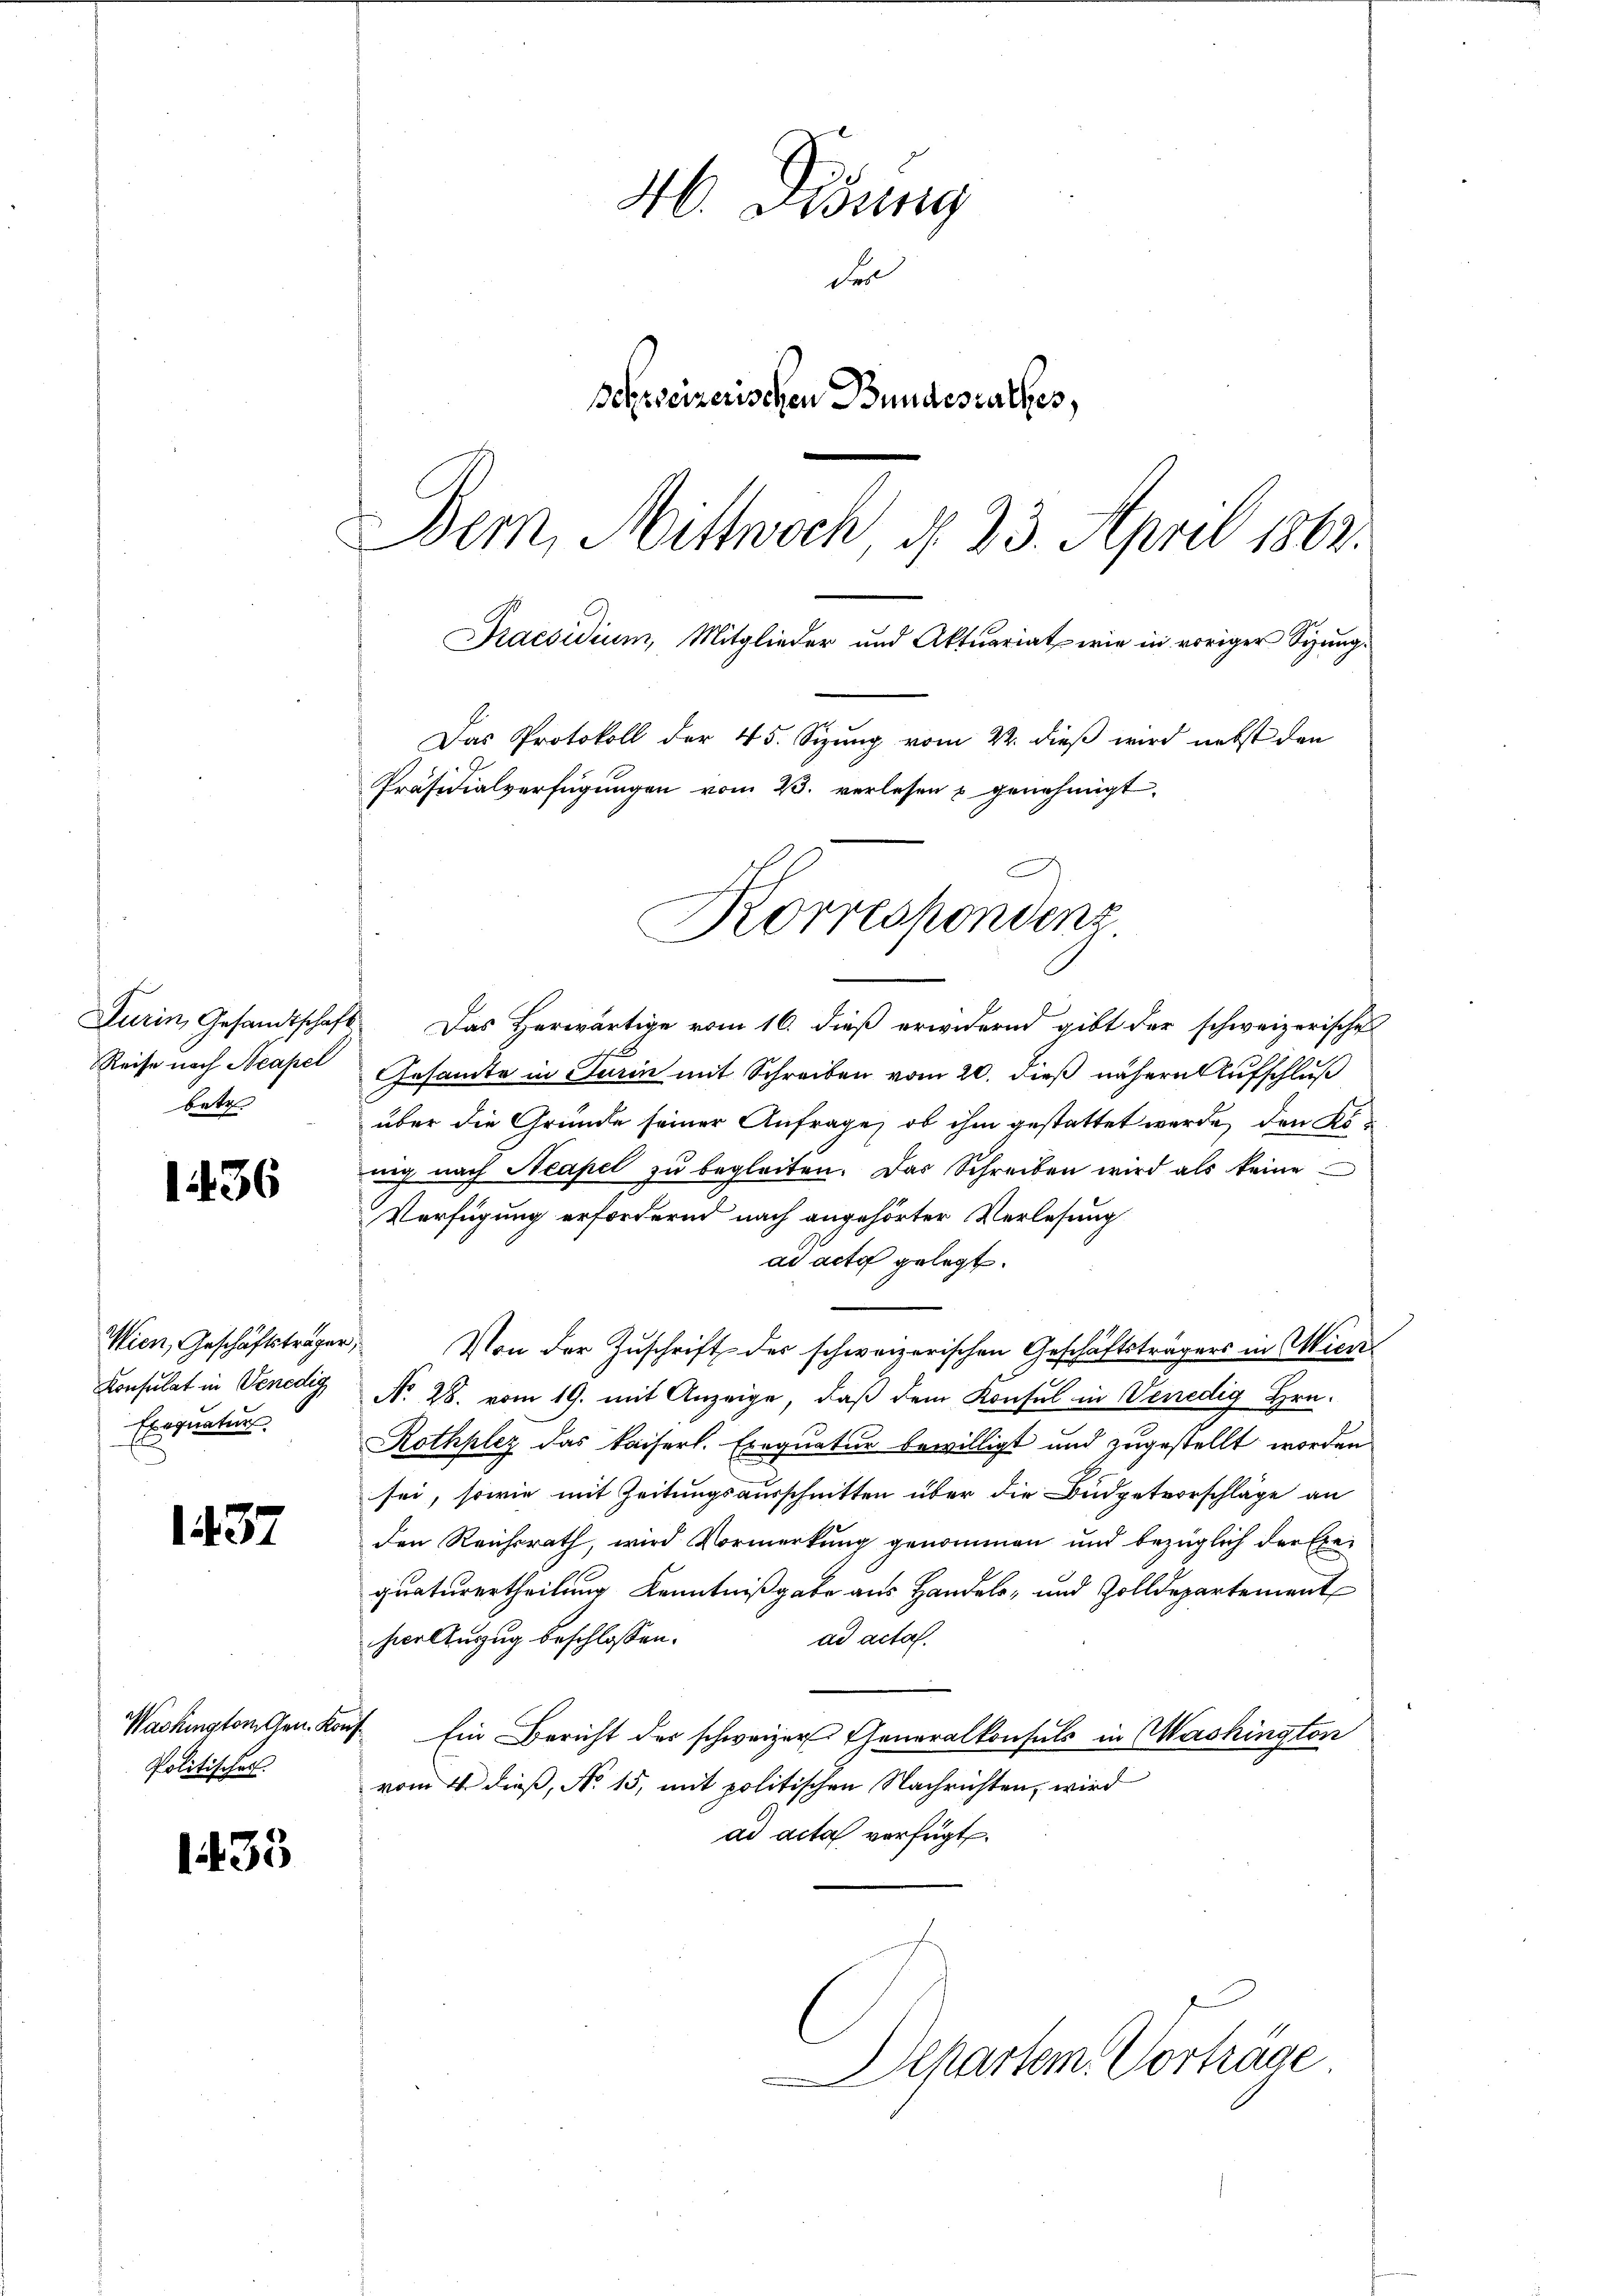
Durin, Gesandtschaft
Reise nach Neapel
betr.

1436

Wien, Geschäftsträger,
Konsulat in Venedig
Exequatur.

1437

Wackingtonten. Kon¬
Politischer

1433

H. Disseng
der
Behweizerischen Bundesrathes,
Bern, Mittwoch d. 23. April 1862.
Praesidium, Mitglieder und Aktuariat wie in voriger Sizung¬
Das Protokoll der 45. Sizung vom 22. dieß wird nebst den
Präsidialverfügŭngen vom 23. verlesen u genehmigt.

Das Herwärtige vom 16. dieß erwidernd gibt der schweizerische
Gesandte in Turin mit Schreiben vom 20. dieß nähere Aufschluß
über die Gründe seiner Anfrage, ob ihm gestattet werde, den Renig nach Neapel zu begleiten. Das Schreiben wird als keine
Verfügung erfordernd nach angehörter Verlesung
ad acta gelegt.
Von der Zŭschrift der schweizerischen Geschäftsträgers in Mien
No 28. vom 19. mit Anzeige, daß dem Konsul in Venedig Hrn.
Rothplez das kaiserl. Exequatur bewilligt und zugestellt worden
sei, sowie mit Zeitungsausschnitten über die Budgetvorschläge an
den Reichsrath, wird Vormerkung genommen und bezüglich der Exequaturertheilung Kenntnißgabe aus Handels- und Zolldepartement
hier Auszug beschlossen:
ad acta.
 Ein Bericht des schweizer Generalkonsuls in Washington
vom 4. dieß, No 15, mit politischen Nachrichten, wird
ad acta verfügt.

Korrespondenz

Departem Vorträge